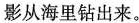
影从海里钻出来。